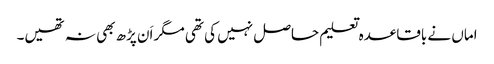
اماں نے باقاعدہ تعلیم حاصل نہیں کی تھی مگر اَن پڑھ بھی نہ تھیں۔